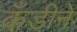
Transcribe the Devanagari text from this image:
कँडीने